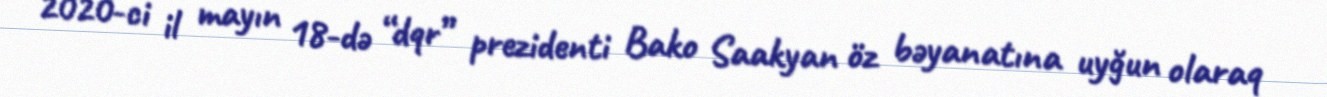
2020-ci il mayın 18-də “dqr” prezidenti Bako Saakyan öz bəyanatına uyğun olaraq